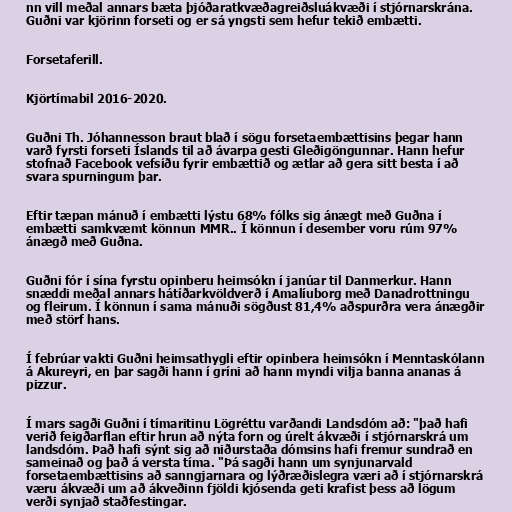
nn vill meðal annars bæta þjóðaratkvæðagreiðsluákvæði í stjórnarskrána.
Guðni var kjörinn forseti og er sá yngsti sem hefur tekið embætti.

Forsetaferill.

Kjörtímabil 2016-2020.

Guðni Th. Jóhannesson braut blað í sögu forsetaembættisins þegar hann
varð fyrsti forseti Íslands til að ávarpa gesti Gleðigöngunnar. Hann hefur
stofnað Facebook vefsíðu fyrir embættið og ætlar að gera sitt besta í að
svara spurningum þar.

Eftir tæpan mánuð í embætti lýstu 68% fólks sig ánægt með Guðna í
embætti samkvæmt könnun MMR.. Í könnun í desember voru rúm 97%
ánægð með Guðna.

Guðni fór í sína fyrstu opinberu heimsókn í janúar til Danmerkur. Hann
snæddi meðal annars hátíðarkvöldverð í Amalíuborg með Danadrottningu
og fleirum. Í könnun í sama mánuði sögðust 81,4% aðspurðra vera ánægðir
með störf hans.

Í febrúar vakti Guðni heimsathygli eftir opinbera heimsókn í Menntaskólann
á Akureyri, en þar sagði hann í gríni að hann myndi vilja banna ananas á
pizzur.

Í mars sagði Guðni í tímaritinu Lögréttu varðandi Landsdóm að: "það hafi
verið feigðarflan eftir hrun að nýta forn og úrelt ákvæði í stjórnarskrá um
landsdóm. Það hafi sýnt sig að niðurstaða dómsins hafi fremur sundrað en
sameinað og það á versta tíma. "Þá sagði hann um synjunarvald
forsetaembættisins að sanngjarnara og lýðræðislegra væri að í stjórnarskrá
væru ákvæði um að ákveðinn fjöldi kjósenda geti krafist þess að lögum
verði synjað staðfestingar.